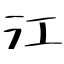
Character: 江